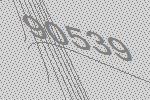
90539